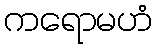
ကရောမဟံ